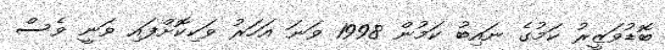
ބޮޑުވަޒީރު ކަމުގެ ނައިބު ކަމުން 1998 ވަނަ އަހަރު ވަކިކޮށްފައި ވަނީ ވެސް